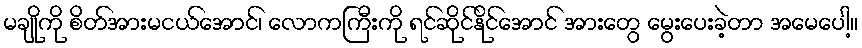
မချိုကို စိတ်အားမငယ်အောင်၊ လောကကြီးကို ရင်ဆိုင်နိုင်အောင် အားတွေ မွေးပေးခဲ့တာ အမေပေါ့။